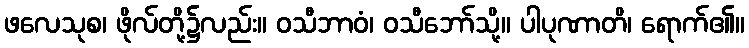
ဖလေသုစ၊ ဖိုလ်တို့၌လည်း။ ဝသီဘာဝံ၊ ဝသီဘော်သို့။ ပါပုဏာတိ၊ ရောက်၏။